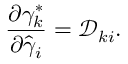
\frac { \partial { \gamma } _ { k } ^ { * } } { \partial \hat { \gamma } _ { i } } = \mathcal { D } _ { k i } .